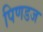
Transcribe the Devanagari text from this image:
पिणडज